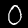
Label: 0